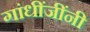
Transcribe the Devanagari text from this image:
गांधींजींनी